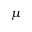
\mu